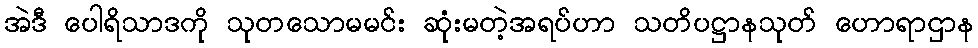
အဲဒီ ပေါရိသာဒကို သုတသောမမင်း ဆုံးမတဲ့အရပ်ဟာ သတိပဋ္ဌာနသုတ် ဟောရာဌာန